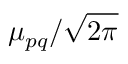
\mu _ { p q } / \sqrt { 2 \pi }